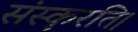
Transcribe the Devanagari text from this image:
संस्कृरति।